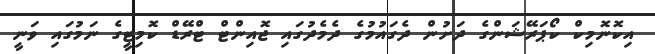
އިކޮނޮމިކް ކޯޕަރޭޝަންގެ ދަށުން ދެގައުމުގެ ދެމެދުގައި ޖޮއިންޓް ޓްރޭޑް ކޮމިޓީގެ ނަމުގައި ވަނީ